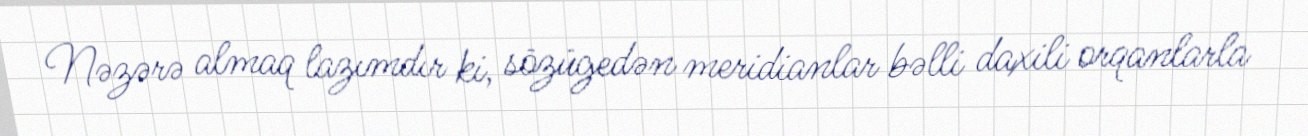
Nəzərə almaq lazımdır ki, sözügedən meridianlar bəlli daxili orqanlarla